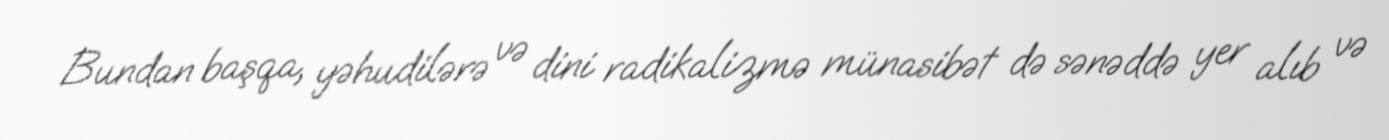
Bundan başqa, yəhudilərə və dini radikalizmə münasibət də sənəddə yer alıb və